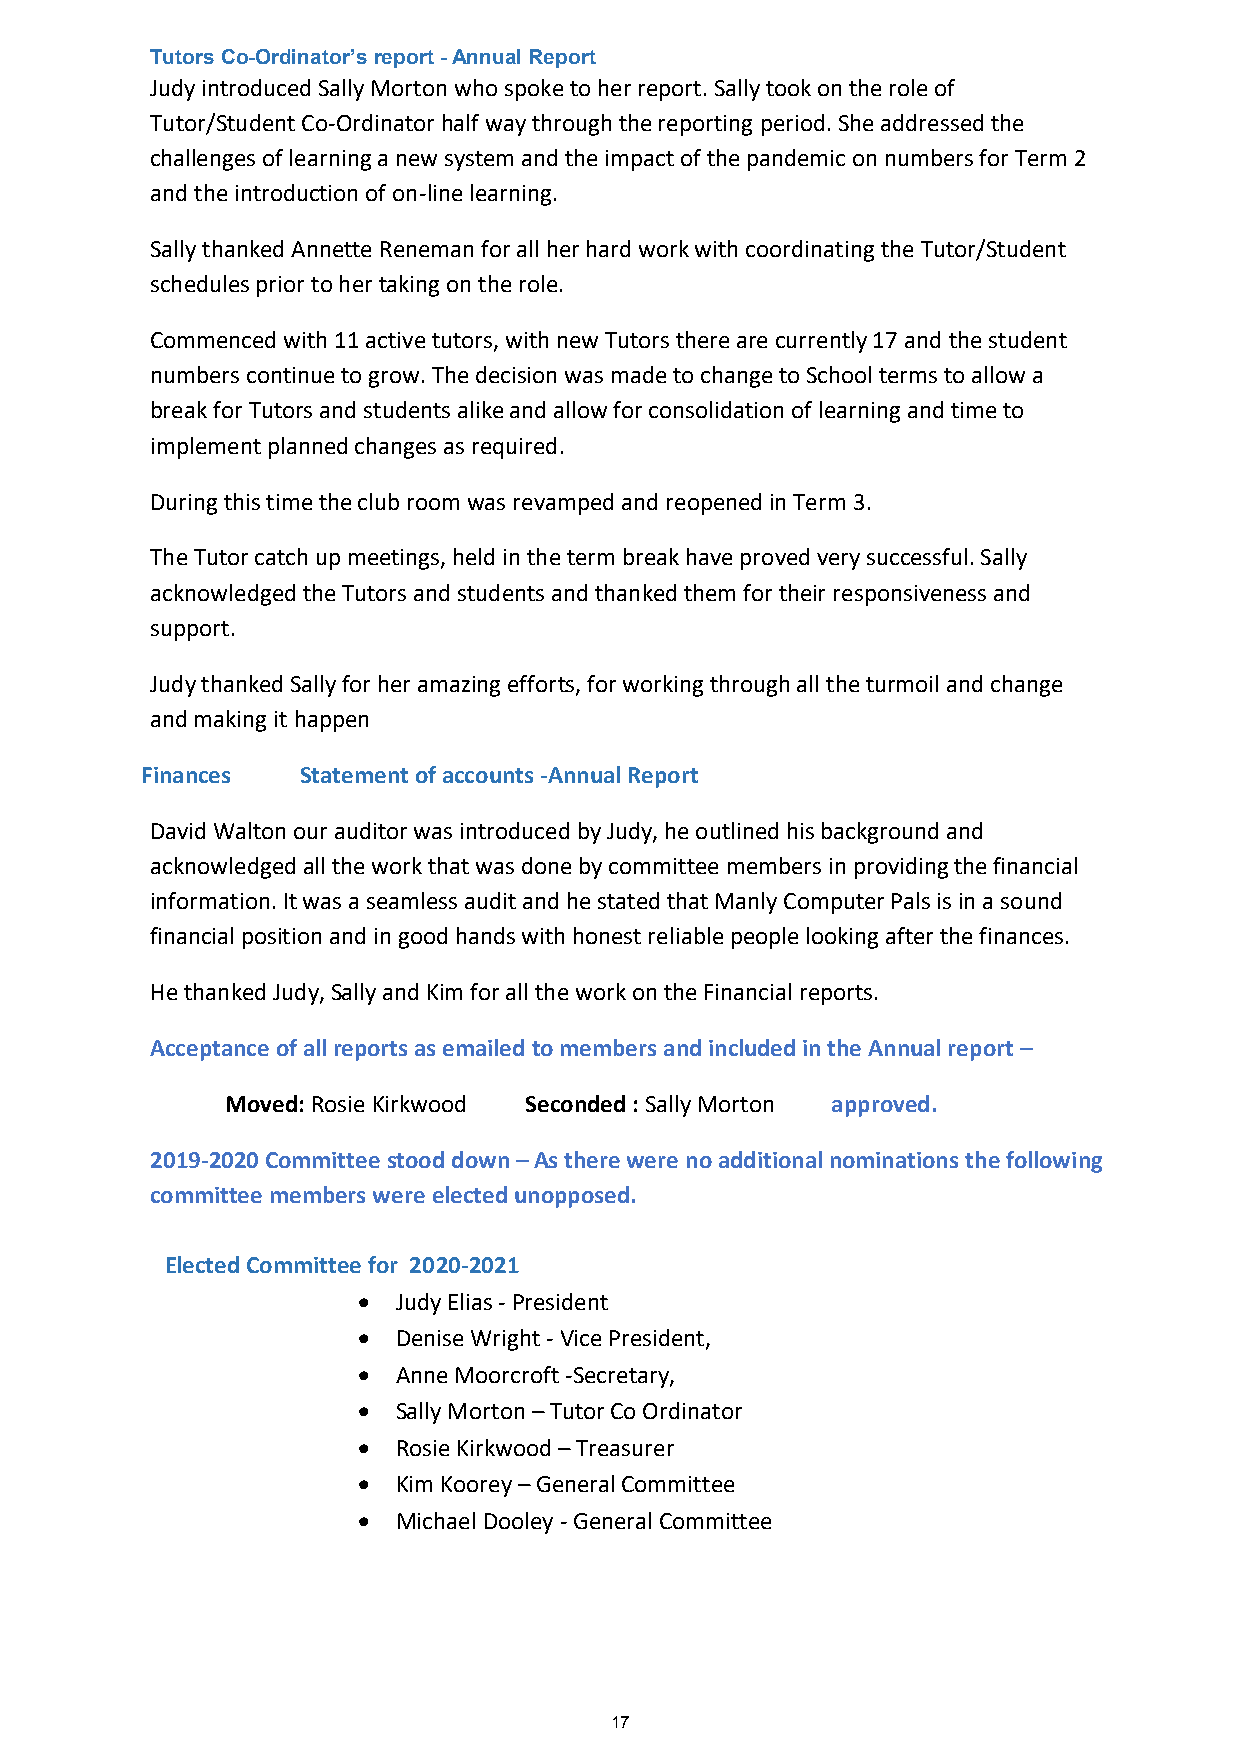
Tutors Co-Ordinator’s report - Annual Report
 Judy introduced Sally Morton who spoke to her report. Sally took on the role of
 Tutor/Student Co-Ordinator half way through the reporting period. She addressed the
 challenges of learning a new system and the impact of the pandemic on numbers for Term 2
 and the introduction of on-line learning.
 Sally thanked Annette Reneman for all her hard work with coordinating the Tutor/Student
 schedules prior to her taking on the role.
 Commenced with 11 active tutors, with new Tutors there are currently 17 and the student
 numbers continue to grow. The decision was made to change to School terms to allow a
 break for Tutors and students alike and allow for consolidation of learning and time to
 implement planned changes as required.
 During this time the club room was revamped and reopened in Term 3.
 The Tutor catch up meetings, held in the term break have proved very successful. Sally
 acknowledged the Tutors and students and thanked them for their responsiveness and
 support.
 Judy thanked Sally for her amazing efforts, for working through all the turmoil and change
 and making it happen
 Finances   Statement of accounts -Annual Report
 David Walton our auditor was introduced by Judy, he outlined his background and
 acknowledged all the work that was done by committee members in providing the financial
 information. It was a seamless audit and he stated that Manly Computer Pals is in a sound
 financial position and in good hands with honest reliable people looking after the finances.
 He thanked Judy, Sally and Kim for all the work on the Financial reports.
 Acceptance of all reports as emailed to members and included in the Annual report –
 Moved: Rosie Kirkwood Seconded : Sally Morton approved.
 2019-2020 Committee stood down – As there were no additional nominations the following
 committee members were elected unopposed.
 Elected Committee for 2020-2021
 • Judy Elias - President
 • Denise Wright - Vice President,
 • Anne Moorcroft -Secretary,
 • Sally Morton – Tutor Co Ordinator
 • Rosie Kirkwood – Treasurer
 • Kim Koorey – General Committee
 • Michael Dooley - General Committee
 17